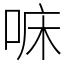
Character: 𠳹